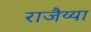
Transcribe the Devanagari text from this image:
राजैय्या